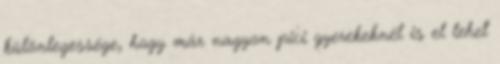
különlegessége, hogy már nagyon pici gyerekeknél is el lehet